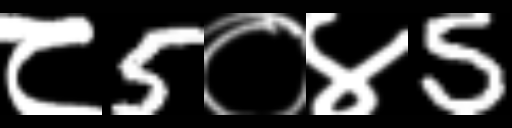
Text: ८5०४5